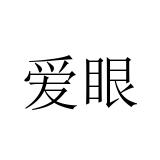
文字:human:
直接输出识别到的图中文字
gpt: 爱眼